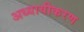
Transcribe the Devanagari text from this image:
अध्यायीकरण